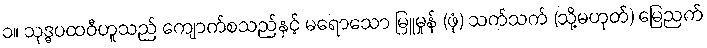
၁။ သုဒ္ဓပထဝီဟူသည် ကျောက်စသည်နှင့် မရောသော မြူမှုန် (ဖုံ) သက်သက် (သို့မဟုတ်) မြေညက်